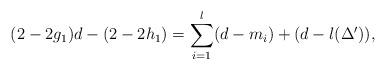
LaTeX: \begin{align*}(2-2g_1)d-(2-2h_1)=\sum_{i=1}^{l}(d-m_i)+(d-l(\Delta^{\prime})),\end{align*}